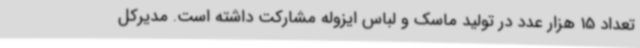
تعداد 15 هزار عدد در تولید ماسک و لباس ایزوله مشارکت داشته است. مدیرکل